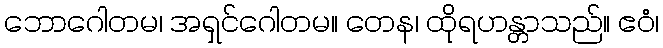
ဘောဂေါတမ၊ အရှင်ဂေါတမ။ တေန၊ ထိုရဟန္တာသည်။ ဧဝံ၊